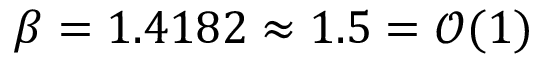
\beta = 1 . 4 1 8 2 \approx 1 . 5 = \mathcal { O } ( 1 )